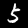
Digit: 5